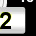
Digit: 2